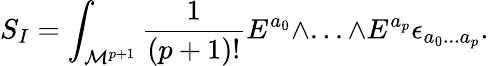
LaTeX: S_{I}=\int_{{\cal M}^{p+1}}{\frac{1}{(p+1)!}}E^{a_{0}}\wedge...\wedge E^{a_{p}}\epsilon_{a_{0}...a_{p}}.